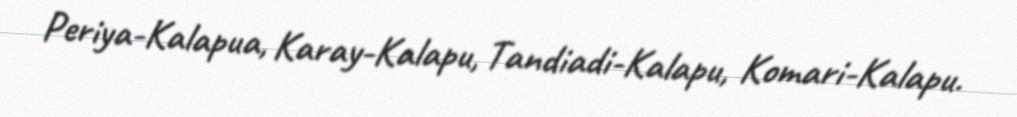
Periya-Kalapua, Karay-Kalapu, Tandiadi-Kalapu, Komari-Kalapu.